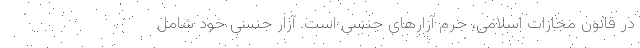
در قانون مجازات اسلامی، جرم آزارهای جنسی است. آزار جنسی خود شامل